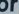
or